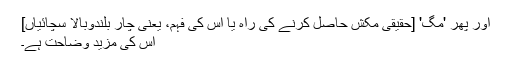
اور پھر 'مگّ' [حقیقی مکش حاصل کرنے کی راہ یا اس کی فہم، یعنی چار بلندوبالا سچائیاں]
اس کی مزید وضاحت ہے۔